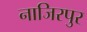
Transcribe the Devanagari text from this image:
नाजिरपुर